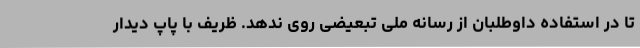
تا در استفاده داوطلبان از رسانه ملی تبعیضی روی ندهد. ظریف با پاپ دیدار